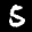
Label: 5